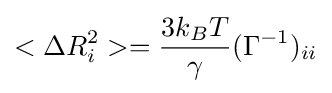
<\Delta R_{i}^{2}>={\frac {3k_{B}T}{\gamma }}(\Gamma ^{-1})_{ii}